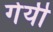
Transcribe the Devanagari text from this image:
गेयी